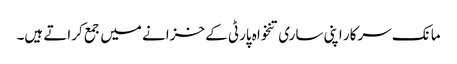
مانک سرکار اپنی ساری تنخواہ پارٹی کے خزانے میں جمع کراتے ہیں۔